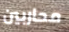
محاربين